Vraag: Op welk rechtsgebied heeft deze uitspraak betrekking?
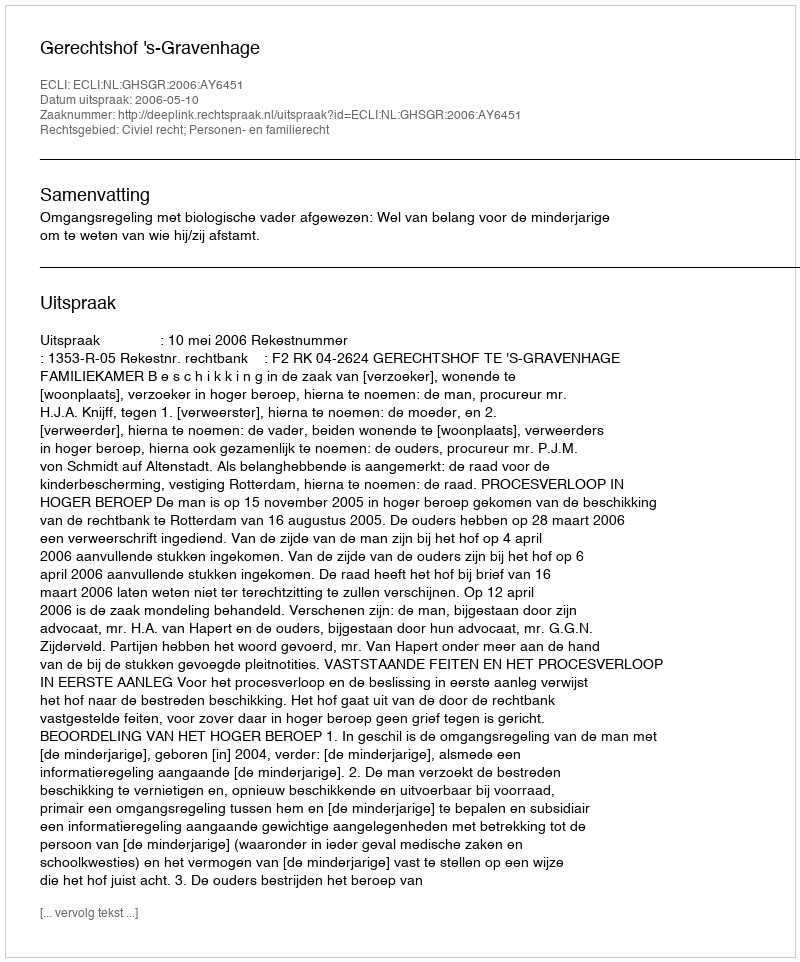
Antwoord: Civiel recht; Personen- en familierecht